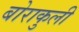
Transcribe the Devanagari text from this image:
बोराकुली